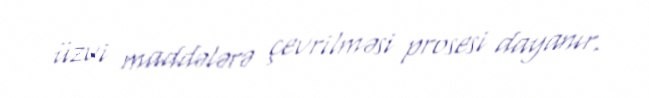
üzvi maddələrə çevrilməsi prosesi dayanır.